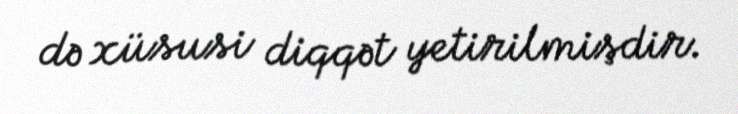
də xüsusi diqqət yetirilmişdir.